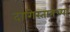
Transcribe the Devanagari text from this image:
दागिस्तानच्या